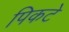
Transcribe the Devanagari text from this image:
पिकटे